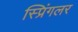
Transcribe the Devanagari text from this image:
स्प्रिंगलर